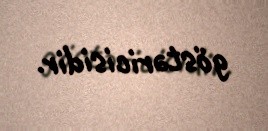
göstəricisidir.